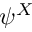
\psi ^ { X }